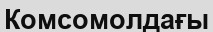
Комсомолдағы